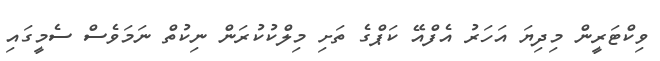
ވިކްޓަރީން މިދިޔަ އަހަރު އެފްއޭ ކަޕްގެ ތަށި މިލްކުކުރަން ނިކުތް ނަމަވެސް ސެމީގައި